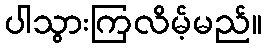
ပါသွားကြလိမ့်မည်။